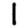
Digit: 1